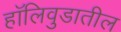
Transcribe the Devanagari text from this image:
हॉलिवुडातील